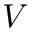
V